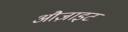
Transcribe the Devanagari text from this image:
औज़ाइट